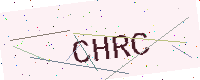
Text: CHRC